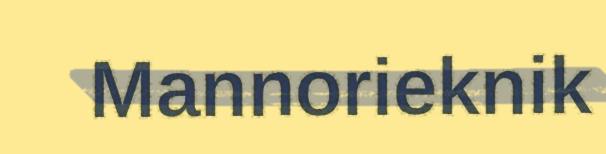
Mannorieknik